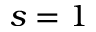
s = 1